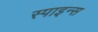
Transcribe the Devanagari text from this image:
स्पाइन्स